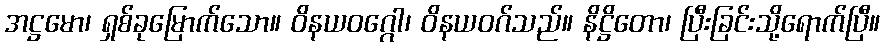
အဋ္ဌမော၊ ရှစ်ခုမြောက်သော။ ဝိနယဝဂ္ဂေါ၊ ဝိနယဝဂ်သည်။ နိဋ္ဌိတော၊ ပြီးခြင်းသို့ရောက်ပြီ။